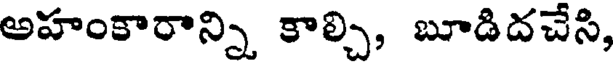
అహంకారాన్ని కాల్చి, బూడిదచేసి,